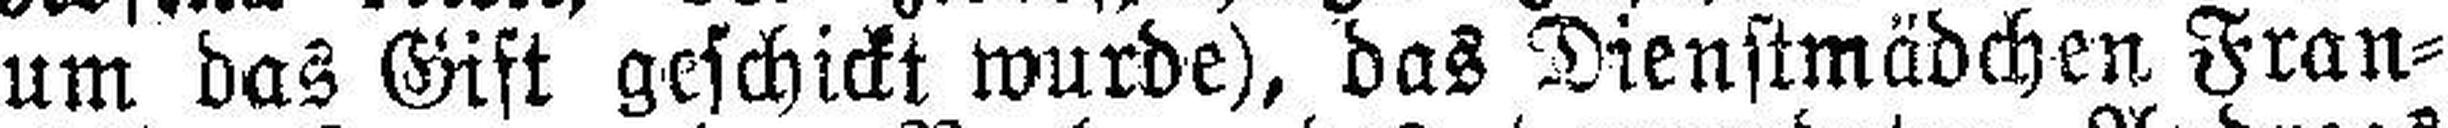
um das Gift geschickt wurde), das Dienstmädchen Fran¬